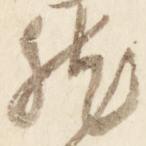
然